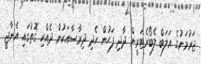
ޖަރުމަނުގެ އަލަބް ލެބޯރެޓަރީން ދާދި ފަހުން ހެދި ދިރާސާއަކުން ދެއްކި ގޮތުގައި އެނާޖީ